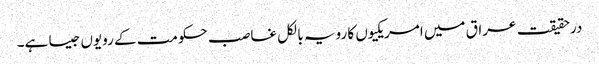
درحقیقت عراق میں امریکیوں کا رویہ بالکل غاصب حکومت کے رویوں جیسا ہے۔